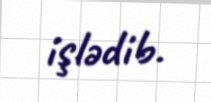
işlədib.